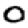
Digit: 0